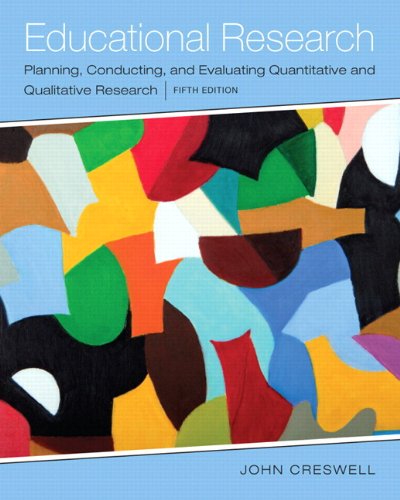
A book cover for Educational Research: Planning, Conducting, and Evaluating Quantitative and Qualitative Research, Enhanced Pearson eText with Loose-Leaf Version -- Access Card Package (5th Edition); John W. Creswell; Education & Teaching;